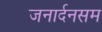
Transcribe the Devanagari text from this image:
जनार्दनसम